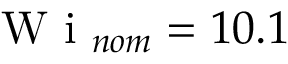
\mathrm { ~ W ~ i ~ } _ { n o m } = 1 0 . 1